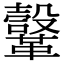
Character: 𩍤